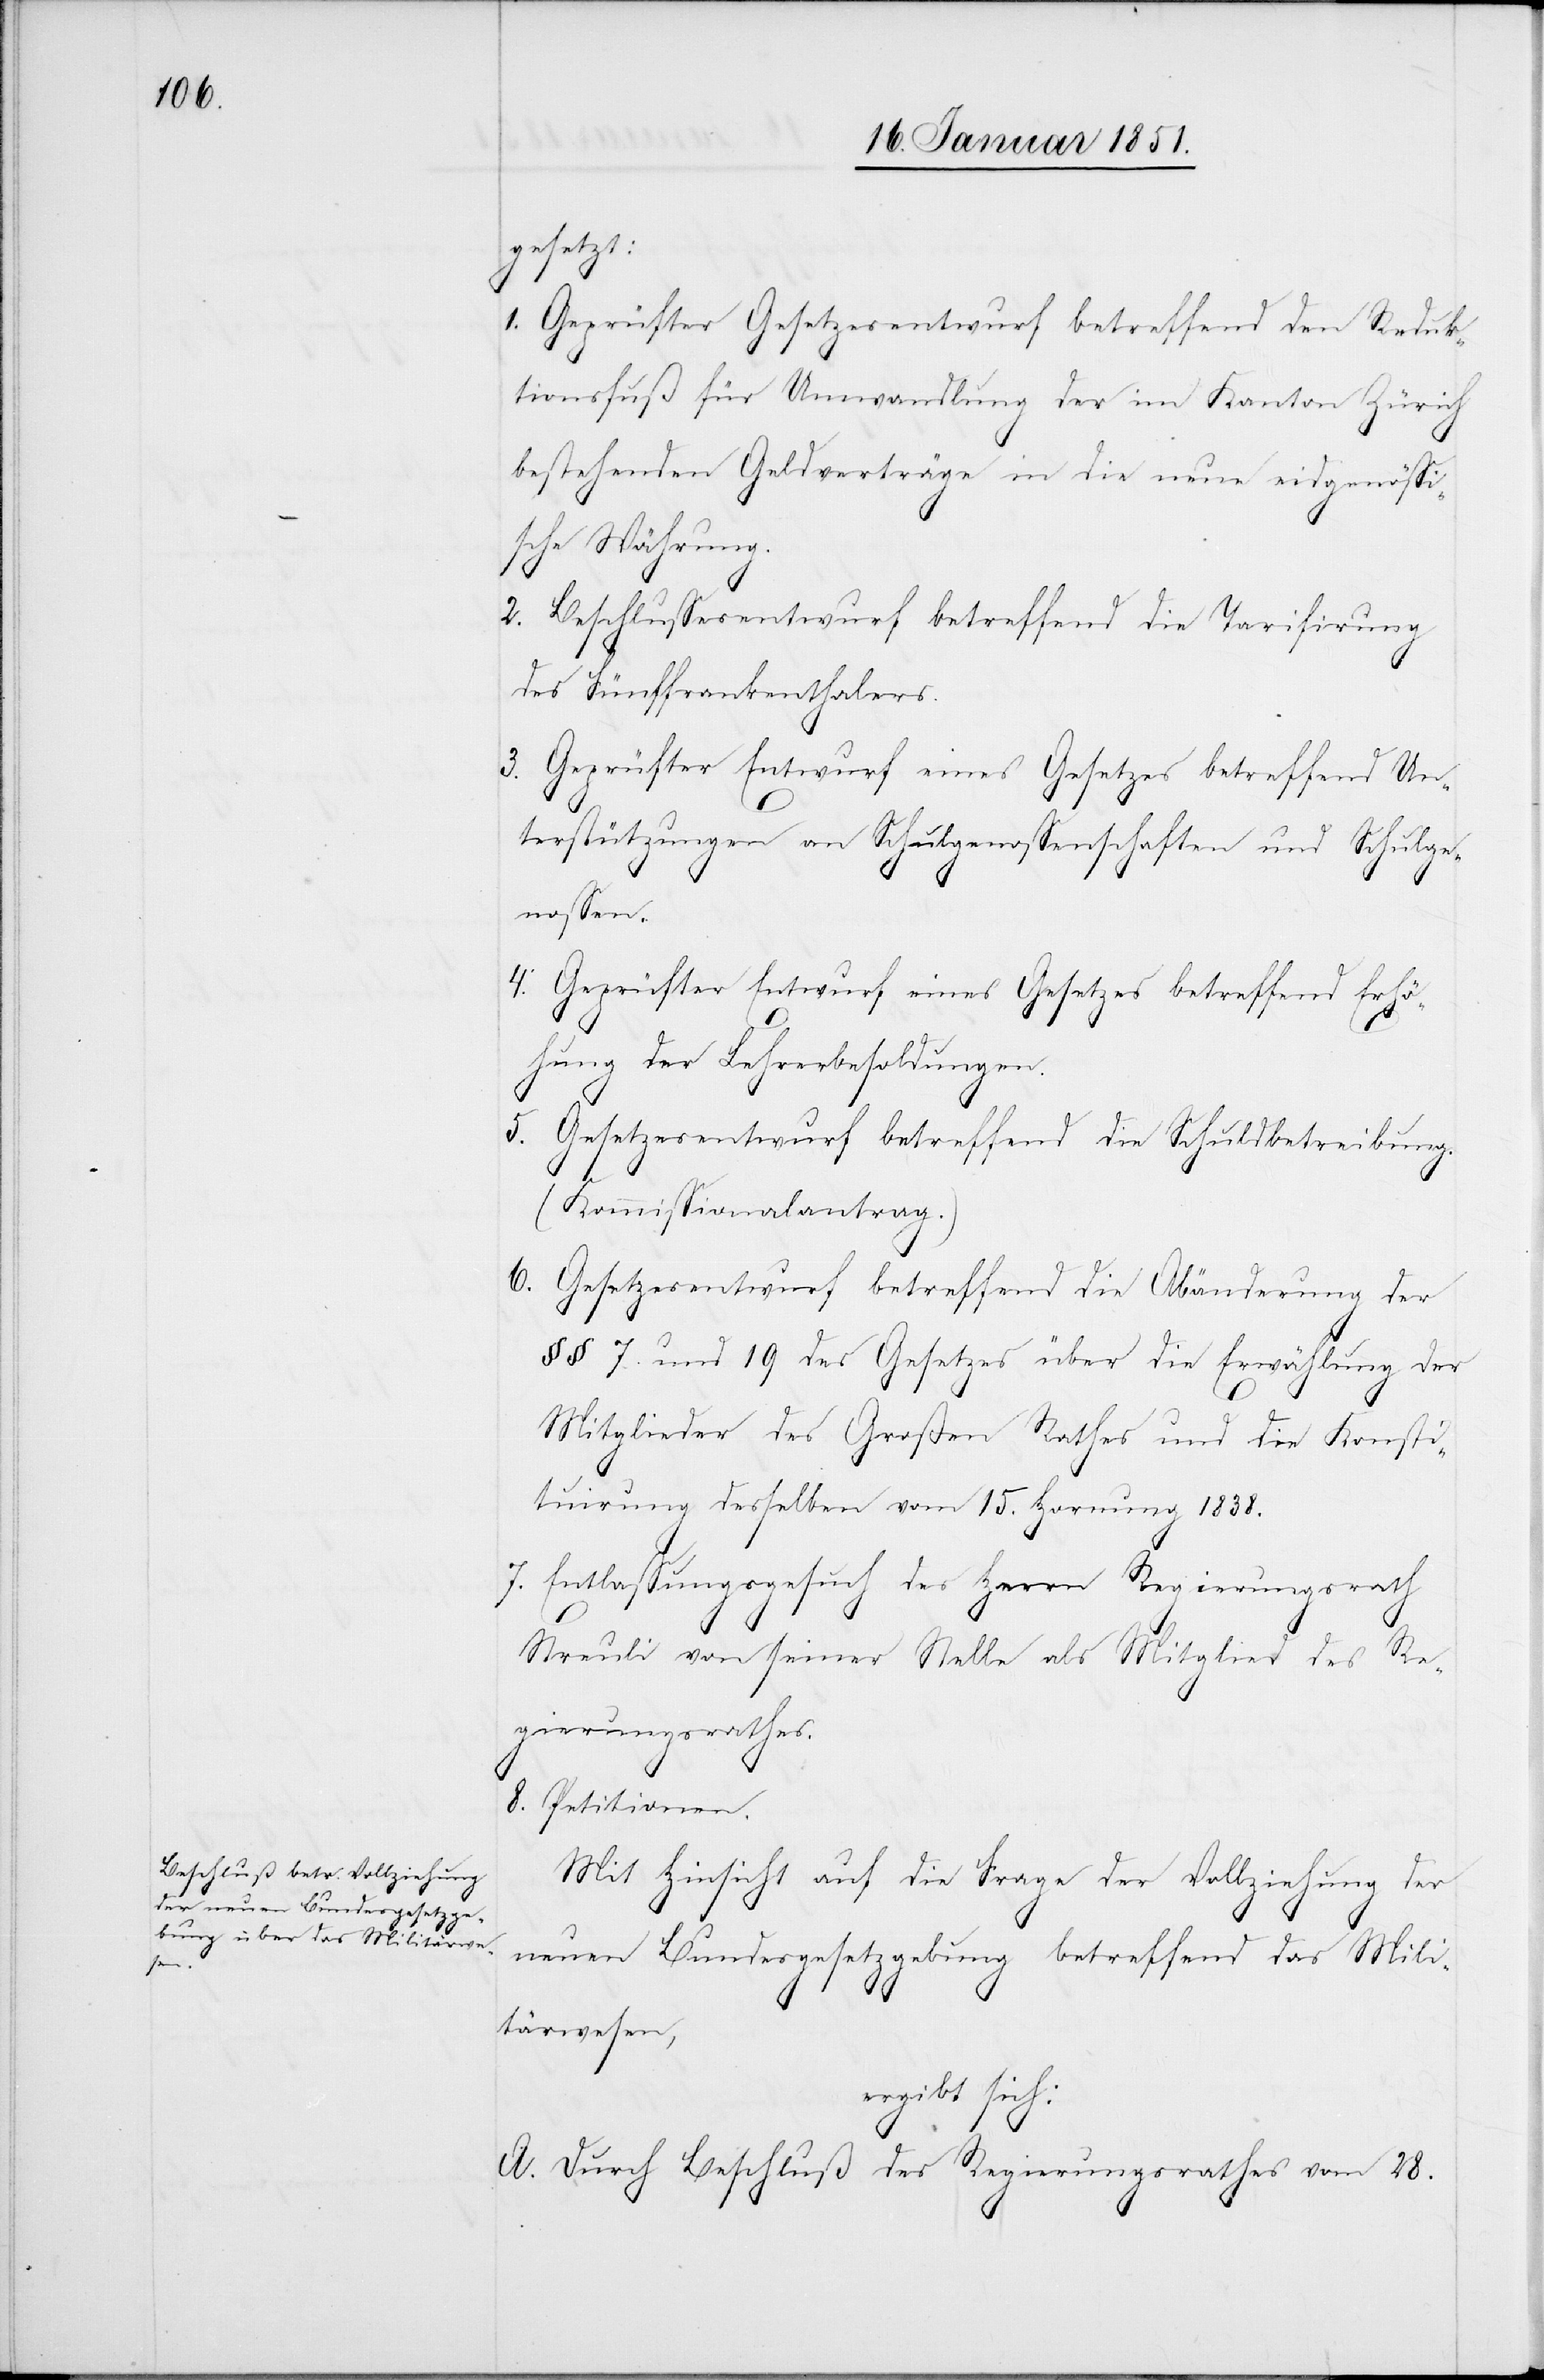
gesetzt:
1.
Geprüfter Gesetzesentwurf betreffend den Reduk¬
tionsfuß für Umwandlung der im Kanton Zürich
bestehenden Geldverträge in die neue eidgenössi¬
sche Währung.
Beschlussesentwurf betreffend die Tarifirung
des Fünffrankenthalers.
Geprüfter Entwurf eines Gesetzes betreffend Un¬
terstützungen an Schulgenossenschaften und Schulge¬
nossen.
Geprüfter Entwurf eines Gesetzes betreffend Erhö¬
hung der Lehrerbesoldungen.
Gesetzesentwurf betreffend die Schuldbetreibung.
(Kommissionalantrag.)
Gesetzesentwurf betreffend die Abänderung der
§§ 7. und 19 des Gesetzes über die Erwählung der
Mitglieder des Großen Rathes und die Konsti¬
tuirung desselben vom 15. Hornung 1838.
Entlassungsgesuch des Herrn Regierungsrath
3.
5.
2.
Streuli von seiner Stelle als Mitglied des Re¬
gierungsrathes.
Petitionen.
Mit Hinsicht auf die Frage der Vollziehung der
8.
neuen Bundesgesetzgebung betreffend das Mili¬
4.
tärwesen,
ergibt sich:
A. Durch Beschluß des Regierungsrathes vom 28.